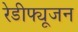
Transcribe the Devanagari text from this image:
रेडीफ्यूजन